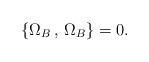
LaTeX: \begin{align*}\{ \Omega_B\,,\,\Omega_B \} = 0 . \end{align*}